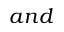
a n d